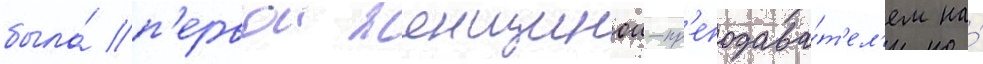
была́ п'ервои женщинои-пр'еподава́т'ел'ем на́